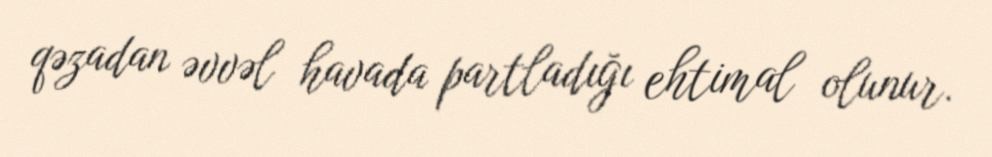
qəzadan əvvəl havada partladığı ehtimal olunur.